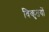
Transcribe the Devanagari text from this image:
विकृतयों